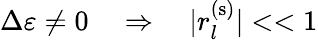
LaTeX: \Delta\varepsilon\neq 0\quad\Rightarrow\quad\lvert r_{l}^{(\mathrm{s})}\rvert<<1